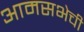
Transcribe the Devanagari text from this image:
आमसभेची